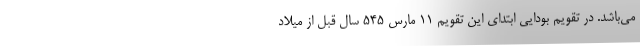
می‌باشد. در تقویم بودایی ابتدای این تقویم ۱۱ مارس ۵۴۵ سال قبل از میلاد